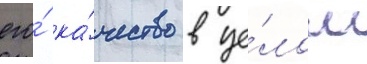
его́ ка́чество в це́лом